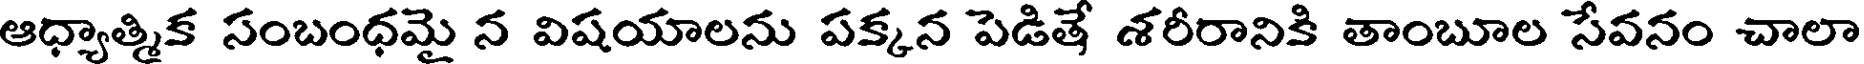
ఆధ్యాత్మిక సంబంధమై న విషయాలను పక్కన పెడితే శరీరానికి తాంబూల సేవనం చాలా